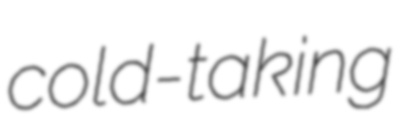
cold-taking